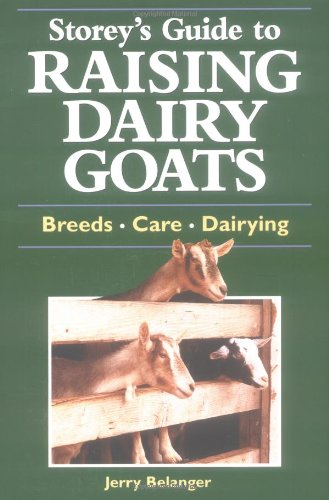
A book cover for Storey's Guide to Raising Dairy Goats: Breeds, Care, Dairying; Jerry Belanger; Medical Books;